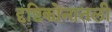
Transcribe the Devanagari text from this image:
दृष्टिकोनातली